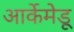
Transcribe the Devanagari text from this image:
आर्केमेडू